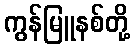
ကွန်မြူနစ်တို့